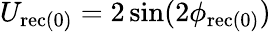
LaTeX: U_{\mathrm{{rec(0)}}}=2\sin(2\phi_{\mathrm{{rec(0)}}})